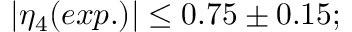
| \eta _ { 4 } ( e x p . ) | \leq 0 . 7 5 \pm 0 . 1 5 ;